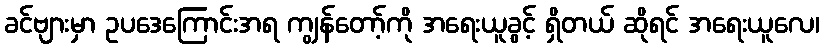
ခင်ဗျားမှာ ဥပဒေကြောင်းအရ ကျွန်တော့်ကို အရေးယူခွင့် ရှိတယ် ဆိုရင် အရေးယူလေ၊